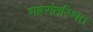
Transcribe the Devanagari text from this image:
शहरांतस्थित